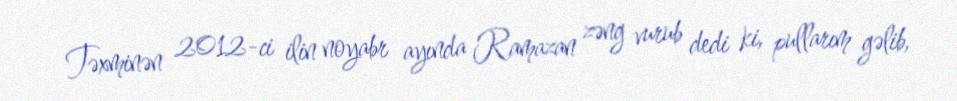
Təxminən 2012-ci ilin noyabr ayında Ramazan zəng vurub dedi ki, pullarım gəlib,